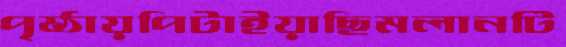
পৃষ্ঠায়পিটাইয়াছিমলানটি